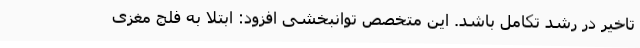
تاخیر در رشد تکامل باشد. این متخصص توانبخشی افزود: ابتلا به فلج مغزی